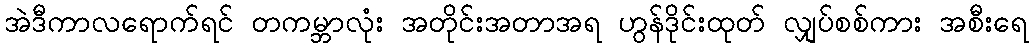
အဲဒီကာလရောက်ရင် တကမ္ဘာလုံး အတိုင်းအတာအရ ဟွန်ဒိုင်းထုတ် လျှပ်စစ်ကား အစီးရေ